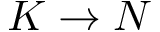
K \to N